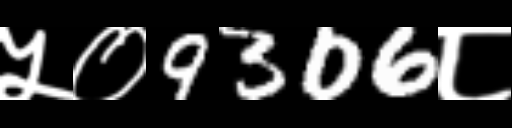
Text: ५०9306८